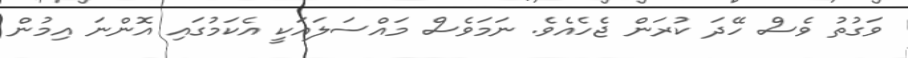
ވަގުތު ވެސް ހޭދަ ކުރަން ޖެހެއެވެ. ނަމަވެސް މައްސަލައަކީ އެކަމުގައި އޮންނަ އިމުން